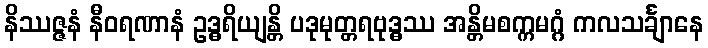
နိဿဇ္ဇနံ နီဝရဏာနံ ဥဒ္ဓရိယျန္တိ ပဒုမုတ္တရဗုဒ္ဓဿ အန္တိမစက္ကမဂ္ဂံ ကလသင်္ချာနေ